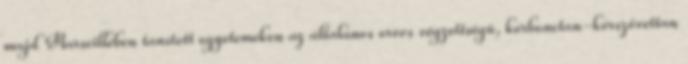
majd Marseilleben tanított egyetemeken az általános orvos végzettségû, kórbonctan-kórszövettan